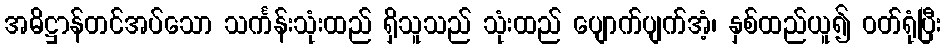
အဓိဋ္ဌာန်တင်အပ်သော သင်္ကန်းသုံးထည် ရှိသူသည် သုံးထည် ပျောက်ပျက်အံ့၊ နှစ်ထည်ယူ၍ ဝတ်ရုံပြီး